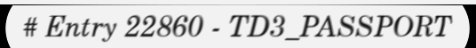
# Entry 22860 - TD3_PASSPORT